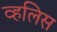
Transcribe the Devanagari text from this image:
व्हलिस